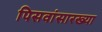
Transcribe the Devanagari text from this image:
पिसवांसारख्या